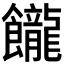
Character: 𩟭